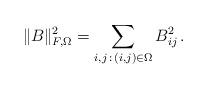
LaTeX: \begin{align*}\|B\|_{F,\Omega}^2 = \sum_{i,j\, : \, (i,j) \in \Omega}B_{ij}^2\, .\end{align*}